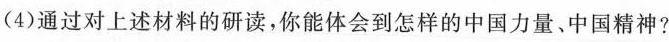
（4）通过对上述材料的研读,你能你会到德样的中国力量中国精神?